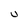
Character: U